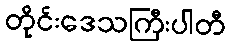
တိုင်းဒေသကြီးပါတီ